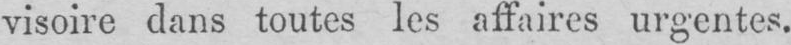
visoire dans toutes les affaires urgentes.